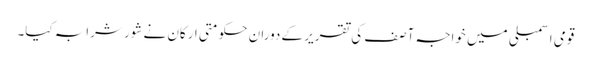
قومی اسمبلی میں خواجہ آصف کی تقریر کے دوران حکومتی ارکان نے شور شرابہ کیا۔